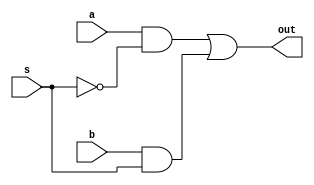
module mux2x1(out,a,b,s);
input a,b,s;
wire and_1,and_2,s_c;
output out;
not (s_c,s);
and (and_1,a,s_c);
and (and_2,b,s);
or (out,and_1,and_2);
endmodule